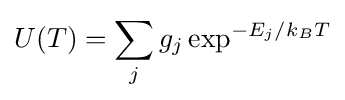
U(T)=\sum _{j}g_{j}\exp ^{-E_{j}/k_{B}T}